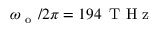
\omega _ { \mathrm { ~ o ~ } } / 2 \pi = 1 9 4 \, \mathrm { ~ T ~ H ~ z ~ }